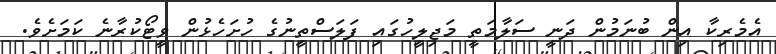
އެމެރިކާ އިން ބުނަމުން ދަނީ ސަލާމަތީ މަޖިލީހުގައި ފަލަސްތީނުގެ ހުށަހެޅުން ވީޓޯކުރާނެ ކަމަށެވެ.